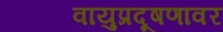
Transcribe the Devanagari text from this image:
वायुप्रदूषणावर